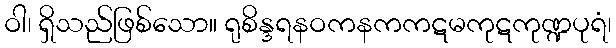
ဝါ၊ ရှိသည်ဖြစ်သော။ ရုစိန္ဒရနဝကနကကဋမကုဋကုဏ္ဍပုရံ၊